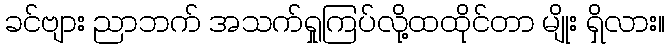
ခင်ဗျား ညာဘက် အသက်ရှုကြပ်လို့ထထိုင်တာ မျိုး ရှိလား။